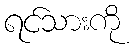
ရင်သားကို